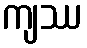
ကျဿ